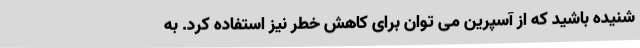
شنیده باشید که از آسپرین می توان برای کاهش خطر نیز استفاده کرد. به